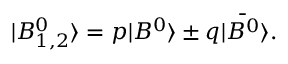
| B _ { 1 , 2 } ^ { 0 } \rangle = p | B ^ { 0 } \rangle \pm q | \bar { B ^ { 0 } } \rangle .